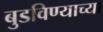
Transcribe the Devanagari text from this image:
बुडविण्याच्या